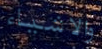
والاشياء